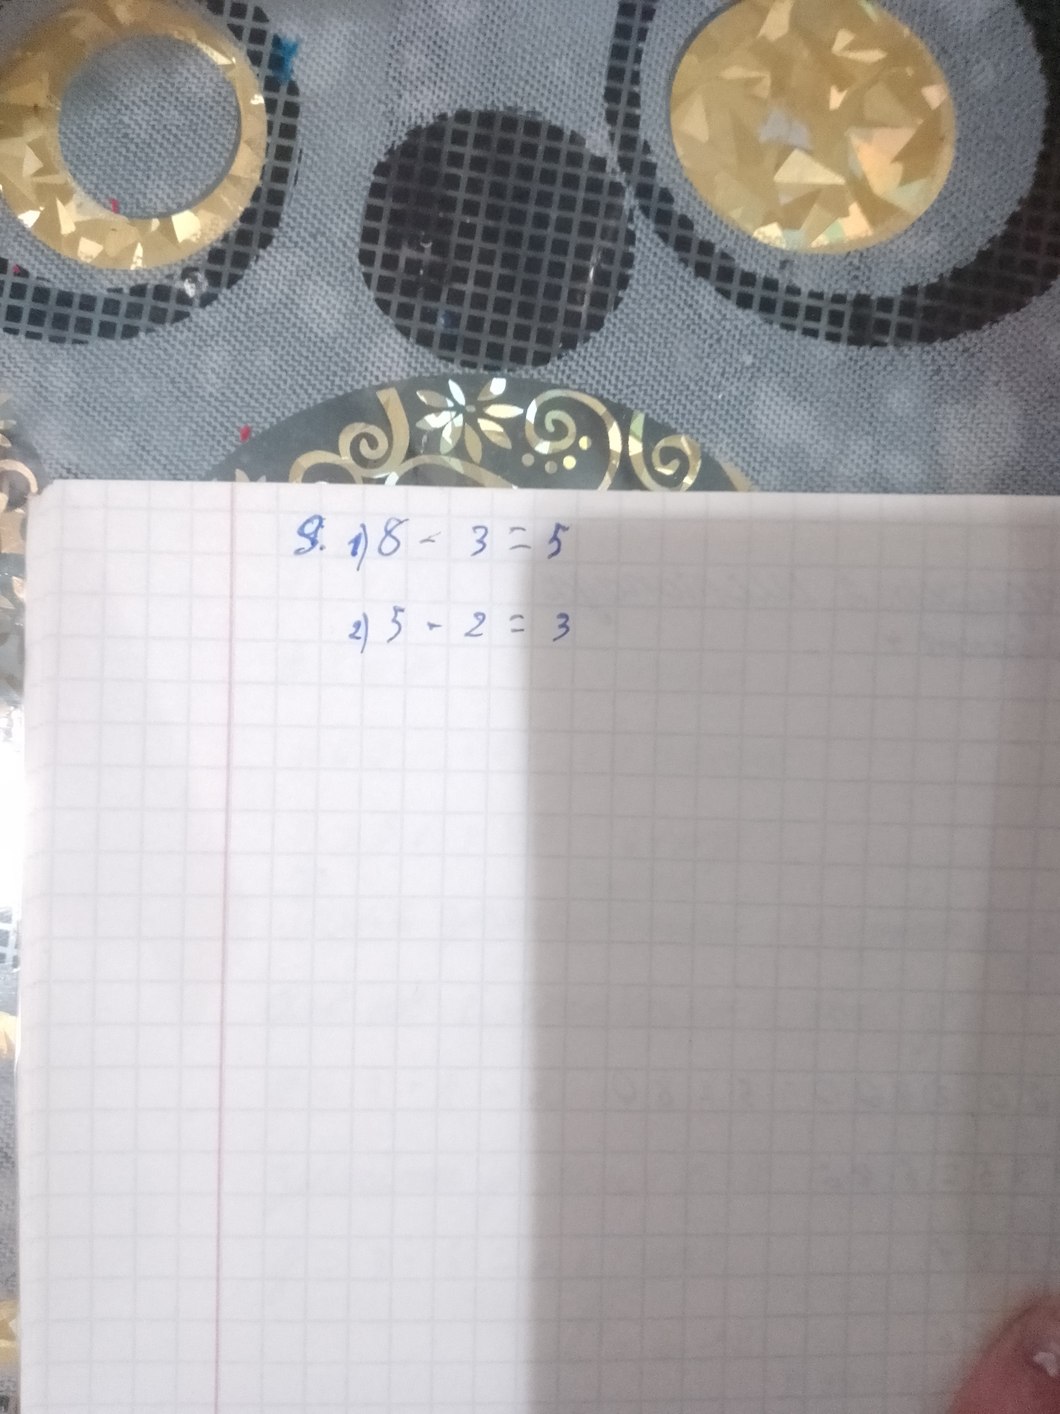
9. 1) 8 - 3 = 5
2) 5 - 2 = 3